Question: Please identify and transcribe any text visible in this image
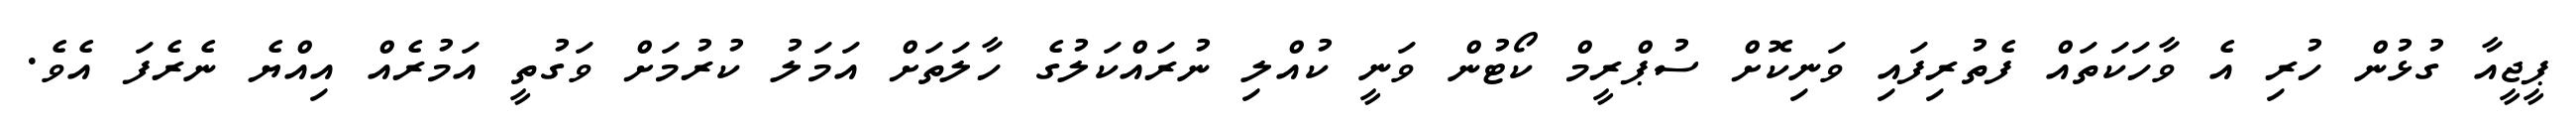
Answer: ޕީޖީއާ ގުޅުން ހުރި އެ ވާހަކަތައް ފެތުރިފައި ވަނިކޮށް ސުޕްރީމް ކޯޓުން ވަނީ ކުއްލި ނުރައްކަލުގެ ހާލަތަށް އަމަލު ކުރުމަށް ވަގުތީ އަމުރެއް އިއްޔެ ނެރެފަ އެވެ.